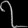
Digit: ၇